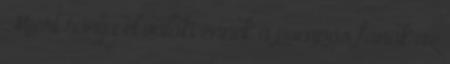
Miért rontja el valaki ennek a pompás fának az